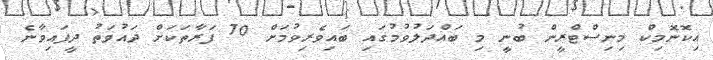
އިކޮނޮމިކް މިނިސްޓްރީން ބުނީ މި ބައްދަލުވުމުގައި ބައިވެރިވުމަށް 70 ފަރާތަކަށް ދައުވަތު ދީފައިވާނެ